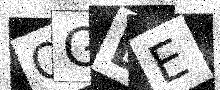
Text: QGDE